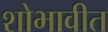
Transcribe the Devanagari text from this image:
शोभावीत